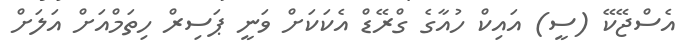
އެސްޖޭކޭ (ސީ) އައިކް ހުއާގެ ގްރޭޑް އެކަކަށް ވަނީ ޕަސިރް ހިތަމްއަށް އަލަށް